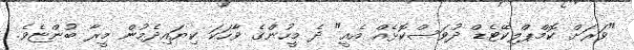
"ވަރަށް ކޮމްޕްލިކޭޓެޑް ދުވަސްކޮޅެއް އެއީ" ދެ މީހުންގެ ވާހަކަ ކިޔައިދެމުން މީރާ ބުންޏެވެ.